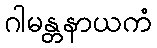
ဂါမန္တနာယကံ